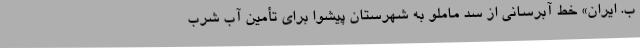
ب. ایران» خط آبرسانی از سد ماملو به شهرستان پیشوا برای تأمین آب شرب